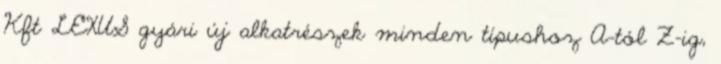
Kft LEXUS gyári új alkatrészek minden típushoz A-tól Z-ig,